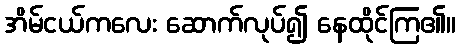
အိမ်ငယ်ကလေး ဆောက်လုပ်၍ နေထိုင်ကြ၏။